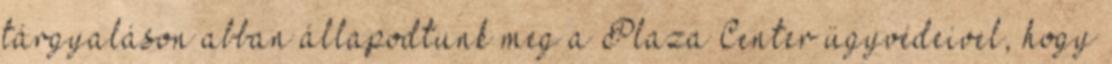
tárgyaláson abban állapodtunk meg a Plaza Center ügyvédeivel, hogy